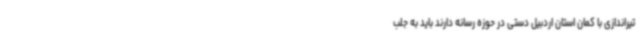
تیراندازی با کمان استان اردبیل دستی در حوزه رسانه دارند باید به جلب